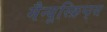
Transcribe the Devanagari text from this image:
मैन्यूस्क्रिप्ट्स